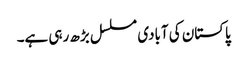
پاکستان کی آبادی مسلسل بڑھ رہی ہے۔